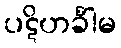
ပဋိဟင်္ခါမ